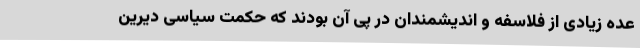
عده زیادی از فلاسفه و اندیشمندان در پی آن بودند که حکمت سیاسی دیرین